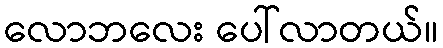
လောဘလေး ပေါ်လာတယ်။